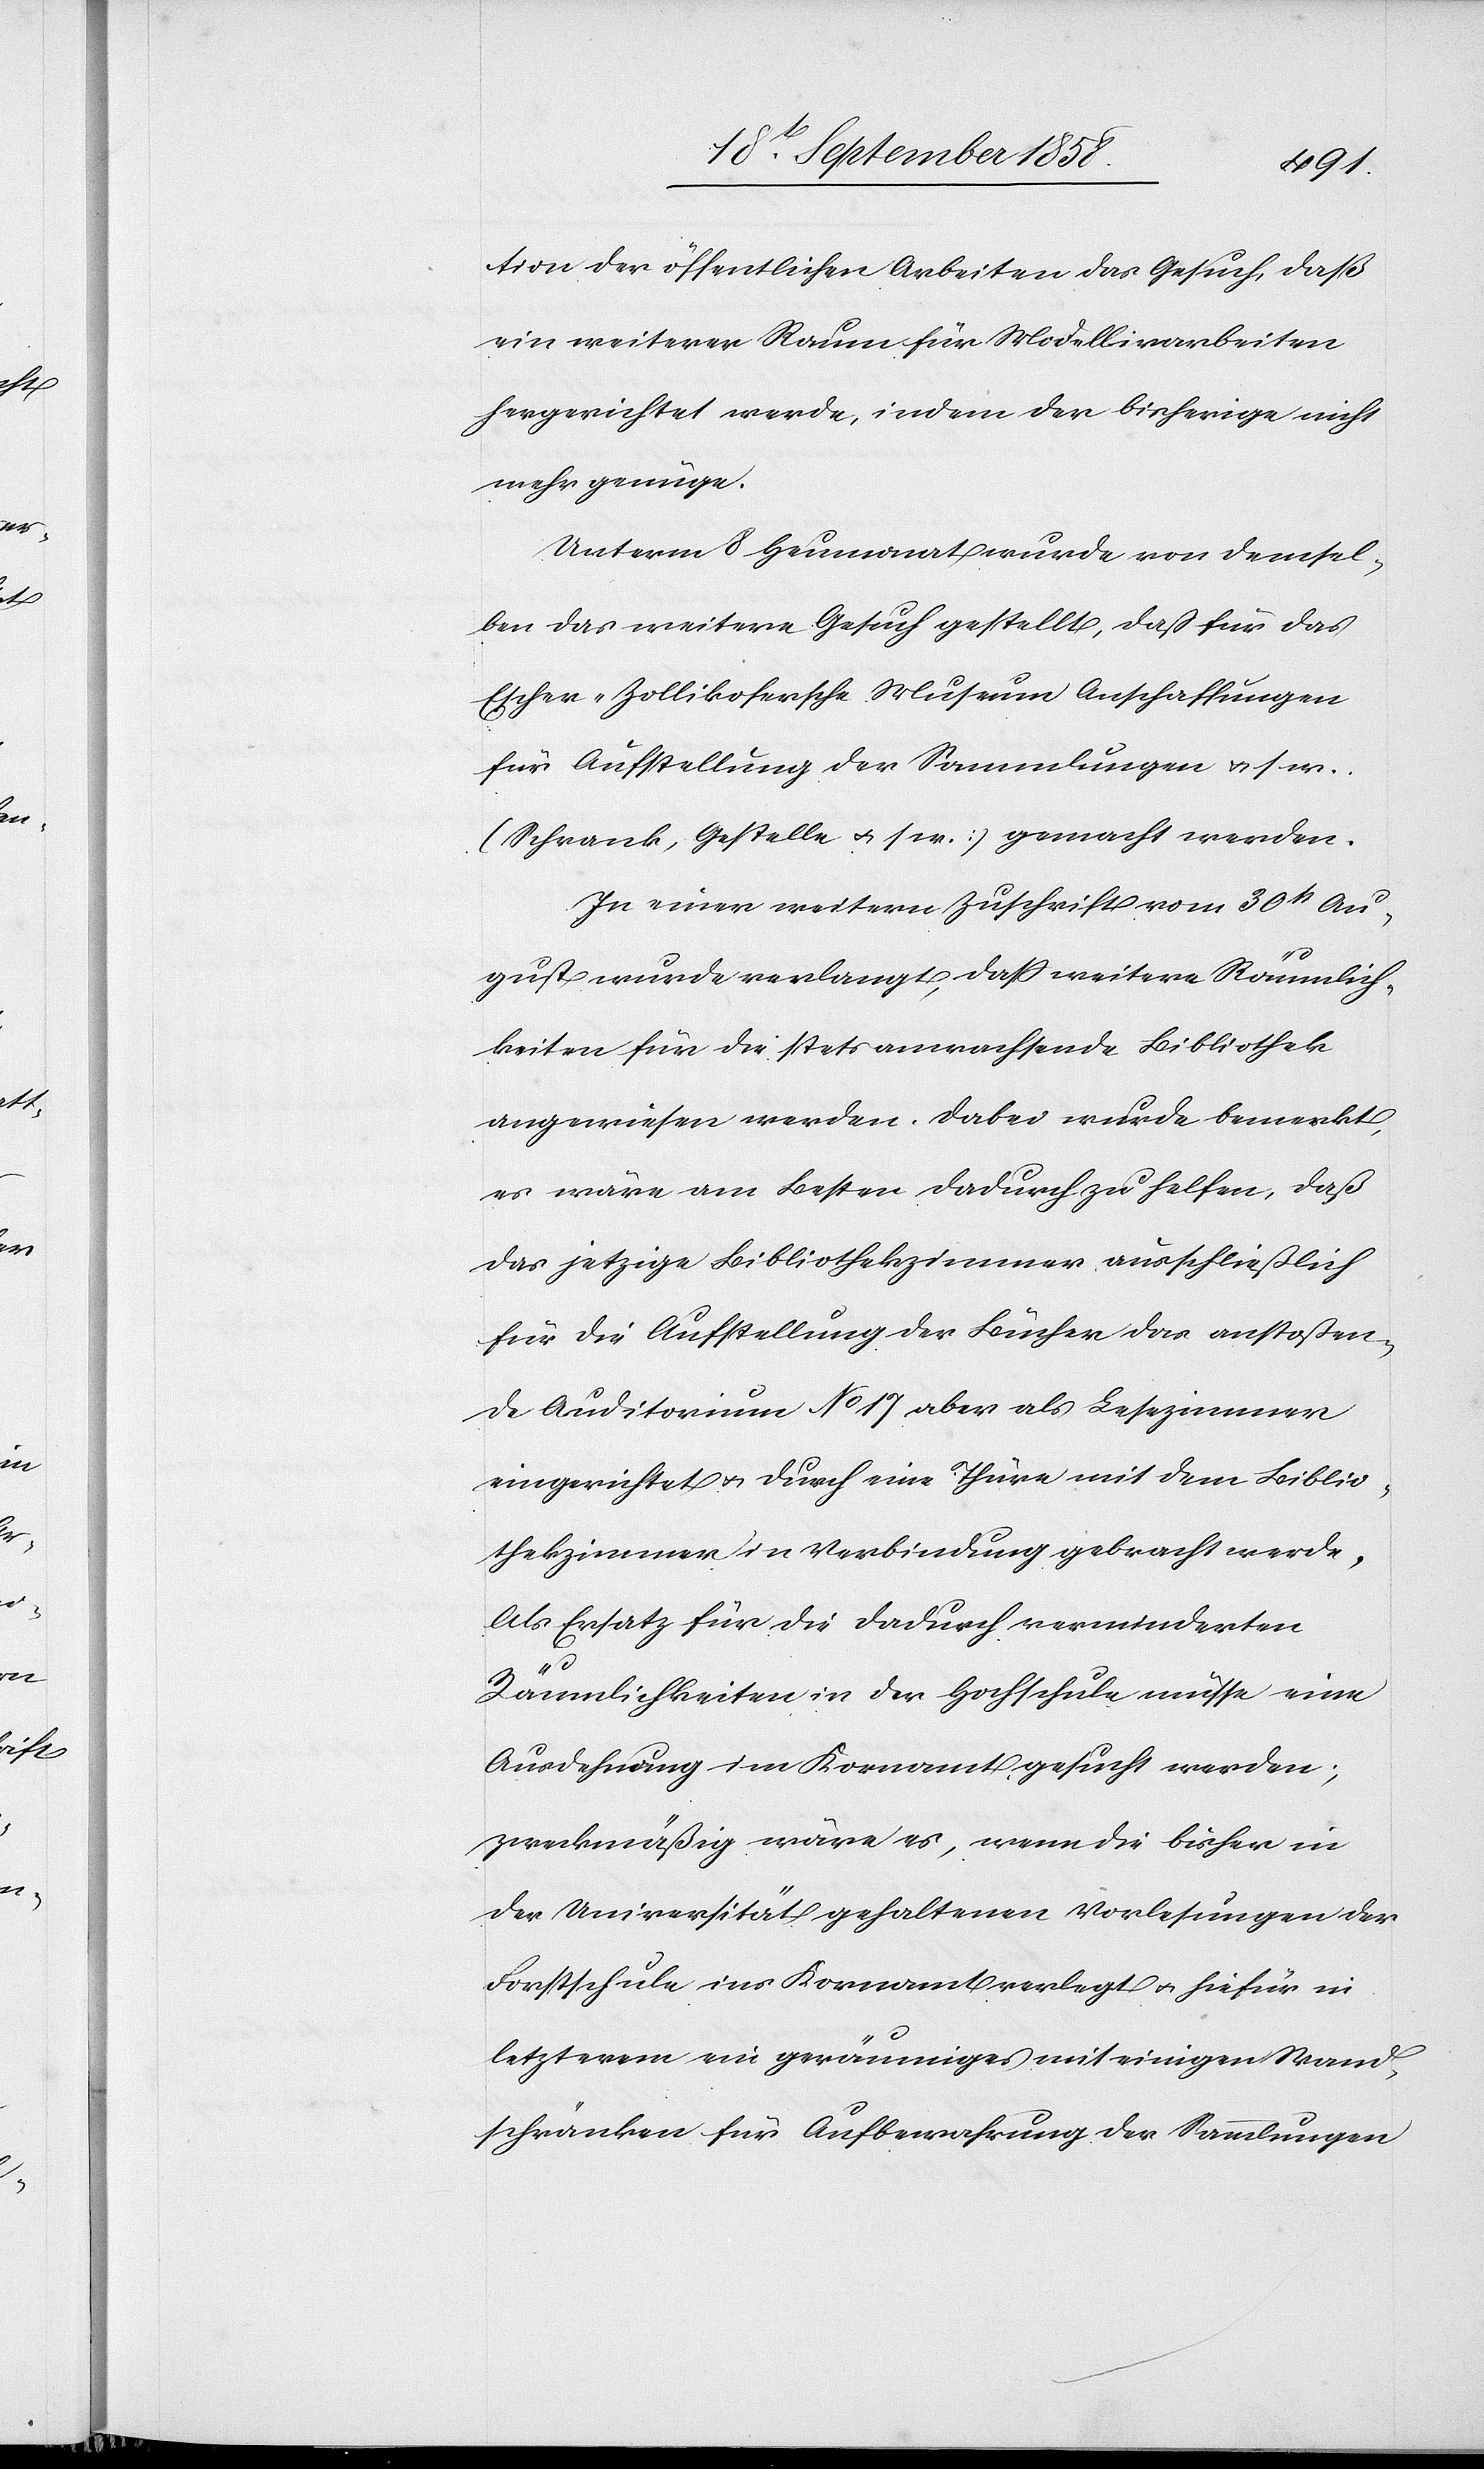
tion der öffentlichen Arbeiten das Gesuch, daß
ein weiterer Raum für Modellirarbeiten
hergerichtet werde, indem der bisherige nicht
mehr genüge.
Unterm 8 Heumonat wurde von demsel¬
ben das weitere Gesuch gestellt, daß für das
Escher-Zollikofersche Museum Anschaffungen
für Aufstellung der Sammlungen & s. w.
(Schrank, Gestelle & s. w.) gemacht werden.
In einer weitern Zuschrift vom 30st Au¬
gust wurde verlangt, daß weitere Räumlich¬
keiten für die stets anwachsende Bibliothek
angewiesen werden. Dabei wurde bemerkt,
es wäre am Besten dadurch zu helfen, daß
das jetzige Bibliothekzimmer ausschließlich
für die Aufstellung der Bücher das anstoßen¬
de Auditorium No 17 aber als Lesezimmer
eingerichtet & durch eine Thüre mit dem Biblio¬
thekzimmer in Verbindung gebracht werde.
Als Ersatz für die dadurch verminderten
Räumlichkeiten in der Hochschule müsse eine
Ausdehnung im Kornamt gesucht werden;
zweckmäßig wäre es, wenn die bisher in
der Universität gehaltenen Vorlesungen der
Forstschule ins Kornamt verlegt & hiefür in
letzterem ein geräumiges mit einigen Wand¬
schränken für Aufbewahrung der Sammlungen